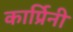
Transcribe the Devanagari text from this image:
कार्प्रिनी